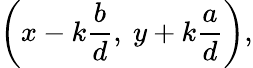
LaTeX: \left(x-k{\frac{b}{d}},\ y+k{\frac{a}{d}}\right),